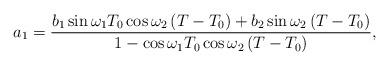
LaTeX: \begin{align*}a_{1}=\frac{b_{1}\sin\omega_{1}T_{0}\cos\omega_{2}\left(T-T_{0}\right)+b_{2}\sin\omega_{2}\left(T-T_{0}\right)}{1-\cos\omega_{1}T_{0}\cos\omega_{2}\left(T-T_{0}\right)},\end{align*}